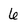
Character: 6